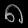
Digit: ၈